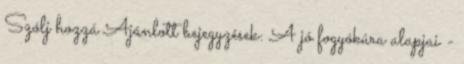
Szólj hozzá Ajánlott bejegyzések: A jó fogyókúra alapjai -